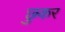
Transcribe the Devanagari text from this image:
छुकर